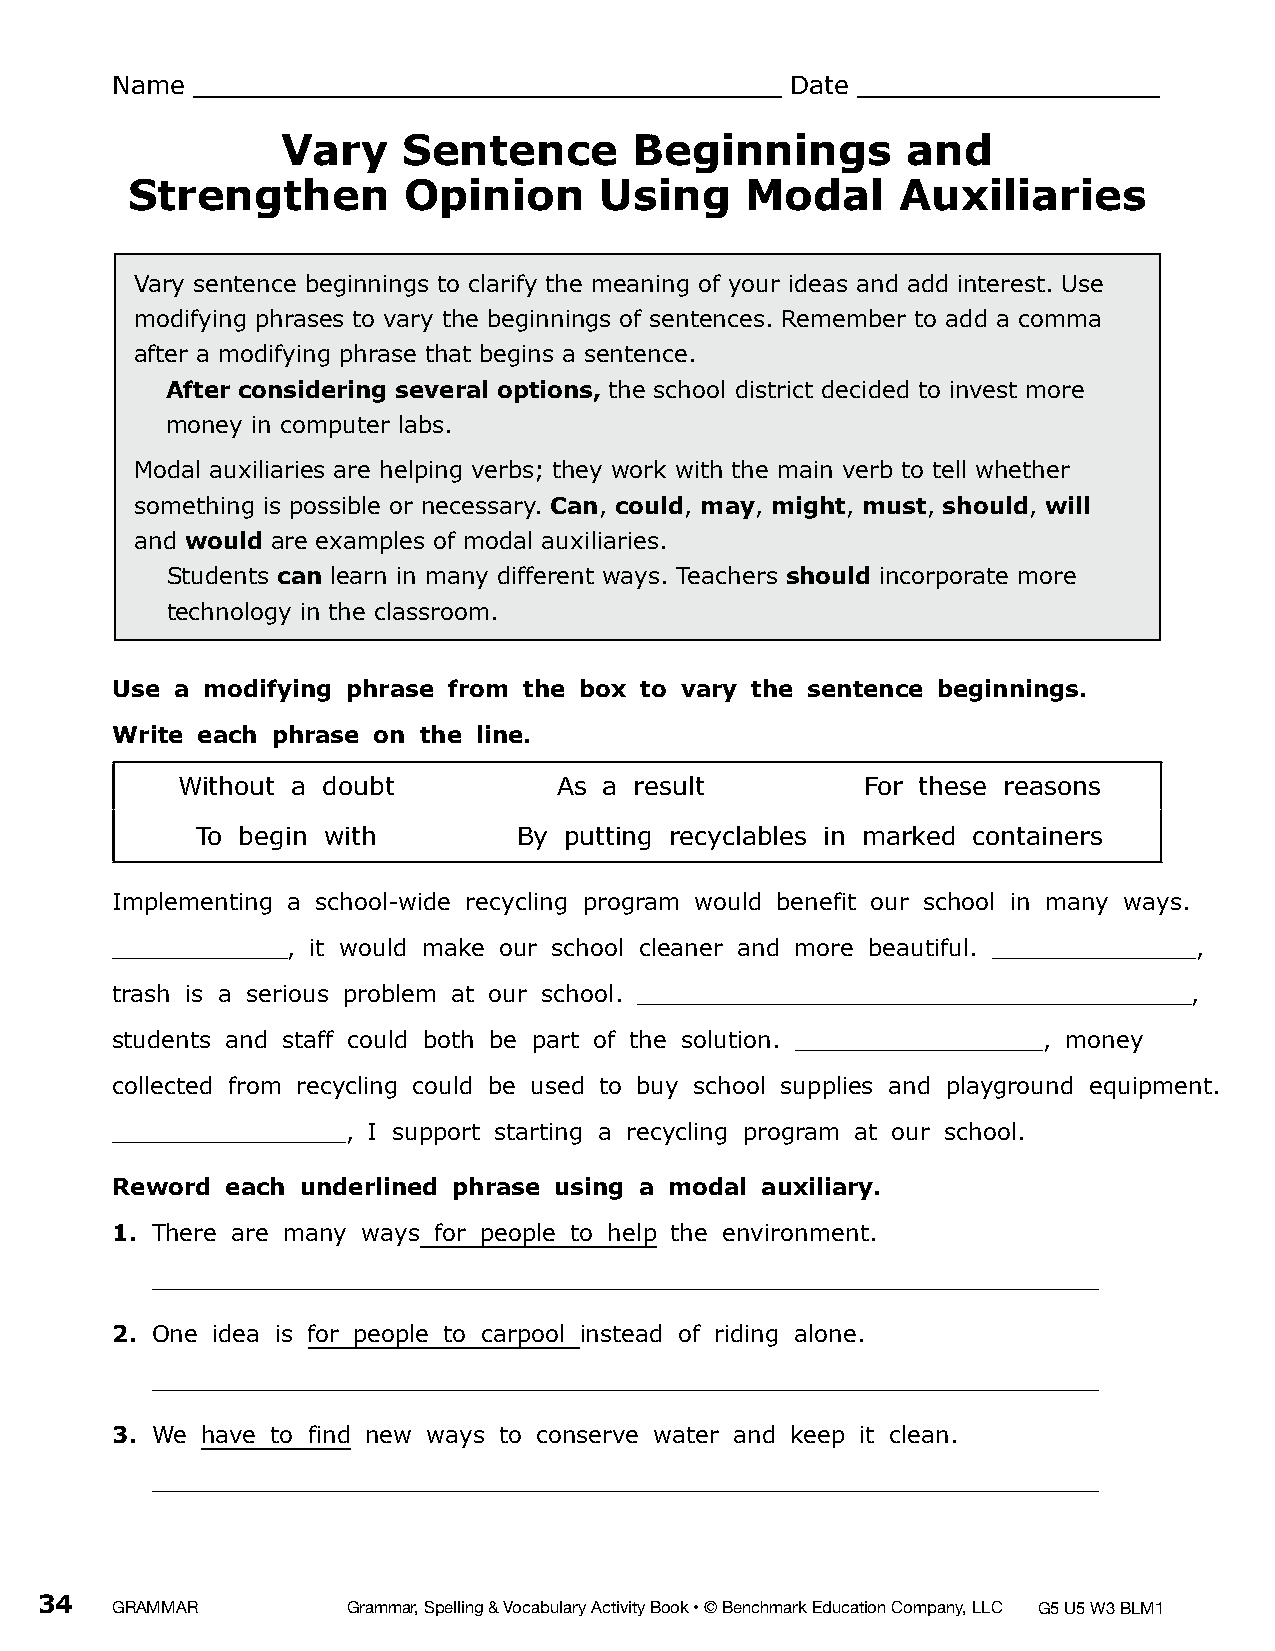
NNaammee __________________________________________________________________________ DDaattee ______________________________________
 Vary    Sentence       Beginnings        and
 Strengthen         Opinion      Using    Modal      Auxiliaries
 Vary sentence beginnings to clarify the meaning of your ideas and add interest. Use
 modifying phrases to vary the beginnings of sentences. Remember to add a comma
 after a modifying phrase that begins a sentence.
 A fter considering several options, the school district decided to invest more
 money in computer labs.
 Modal auxiliaries are helping verbs; they work with the main verb to tell whether
 something is possible or necessary. Can, could, may, might, must, should, will
 and would are examples of modal auxiliaries.
 S tudents can learn in many different ways. Teachers should incorporate more
 technology in the classroom.
 Use  a modifying phrase from the box to vary the sentence beginnings.
 Write each phrase on the line.
 Without a doubt          As a result         For these reasons
 To begin with        By putting recyclables in marked containers
 Implementing a school-wide recycling program would benefit our school in many ways.
 ____________, it would make our school cleaner and more beautiful. ______________,
 trash is a serious problem at our school. ______________________________________,
 students and staff could both be part of the solution. _________________, money
 collected from recycling could be used to buy school supplies and playground equipment.
 ________________, I support starting a recycling program at our school.
 Reword  each underlined phrase using a modal auxiliary.
 1. T here are many ways for people to help the environment.
 _________________________________________________________________
 2. One idea is for people to carpool instead of riding alone.
 _________________________________________________________________
 3. We have to find new ways to conserve water and keep it clean.
 _________________________________________________________________
 34
 GRAMMAR         Grammar, Spelling & Vocabulary Activity Book • © Benchmark Education Company, LLC G5 U5 W3 BLM1